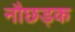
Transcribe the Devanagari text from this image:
नौछड़क